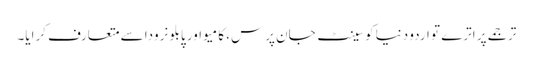
ترجمے پر اترے تو اردو دنیا کو سینٹ جان پرس، کامیو اور پابلو نرودا سے متعارف کرایا۔